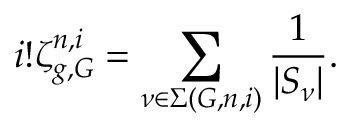
i ! \zeta _ { g , G } ^ { n , i } = \sum _ { \nu \in \Sigma ( G , n , i ) } \frac { 1 } { | S _ { \nu } | } .